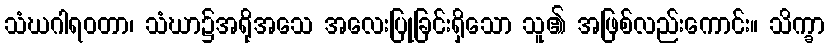
သံဃဂါရဝတာ၊ သံဃာ၌အရိုအသေ အလေးပြုခြင်းရှိသော သူ၏ အဖြစ်လည်းကောင်း။ သိက္ခာ